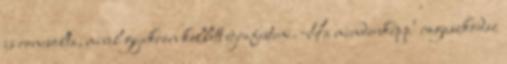
is roncsolta, mivel gyakran kellett újrafesteni. Ha mindenképp’ ragaszkodsz